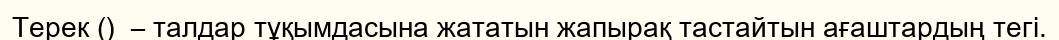
Терек ()  – талдар тұқымдасына жататын жапырақ тастайтын ағаштардың тегі.